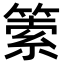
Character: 𥰼